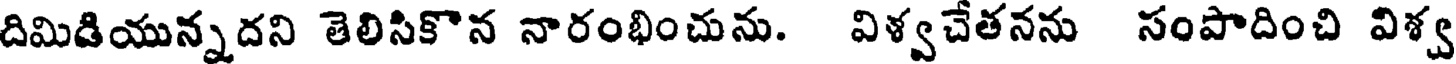
దిమిడియున్నదని తెలిసికొన నారంభించును. విళ్వచేతనను సంపాదించి విశ్వ